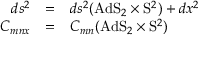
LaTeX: \begin{array} { r c l } { { d s ^ { 2 } } } & { { = } } & { { d s ^ { 2 } ( \mathrm { A d S } _ { 2 } \times \mathrm { S } ^ { 2 } ) + d x ^ { 2 } } } \\ { { C _ { m n x } } } & { { = } } & { { C _ { m n } ( \mathrm { A d S } _ { 2 } \times \mathrm { S } ^ { 2 } ) } } \end{array}